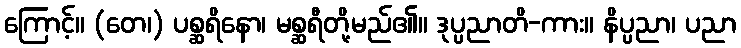
ကြောင့်။ (တေ၊) ပစ္ဆရိနော၊ မစ္ဆရီတို့မည်၏။ ဒုပ္ပညာတိ-ကား။ နိပ္ပညာ၊ ပညာ